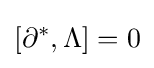
[\partial ^{*},\Lambda ]=0